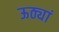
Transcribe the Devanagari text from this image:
ऊठ्यां